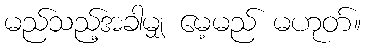
မည်သည့်အခါမျှ မေ့မည် မဟုတ်။